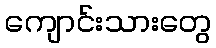
ကျောင်းသားတွေ